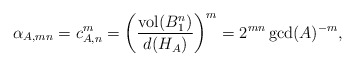
\begin{align*} \alpha_{A, mn} = c_{A, n}^{m} = \left( \dfrac{\mathrm{vol}(B_1^n)}{d(H_A)} \right)^m = 2^{mn} \gcd(A)^{-m},\end{align*}